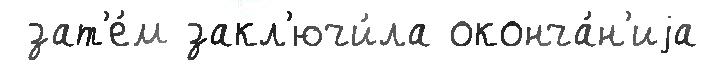
 зат'е́м закл'ючи́ла оконча́н'иjа